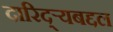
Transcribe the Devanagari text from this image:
दारिद्‌र्‍यबद्दल